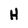
Character: H